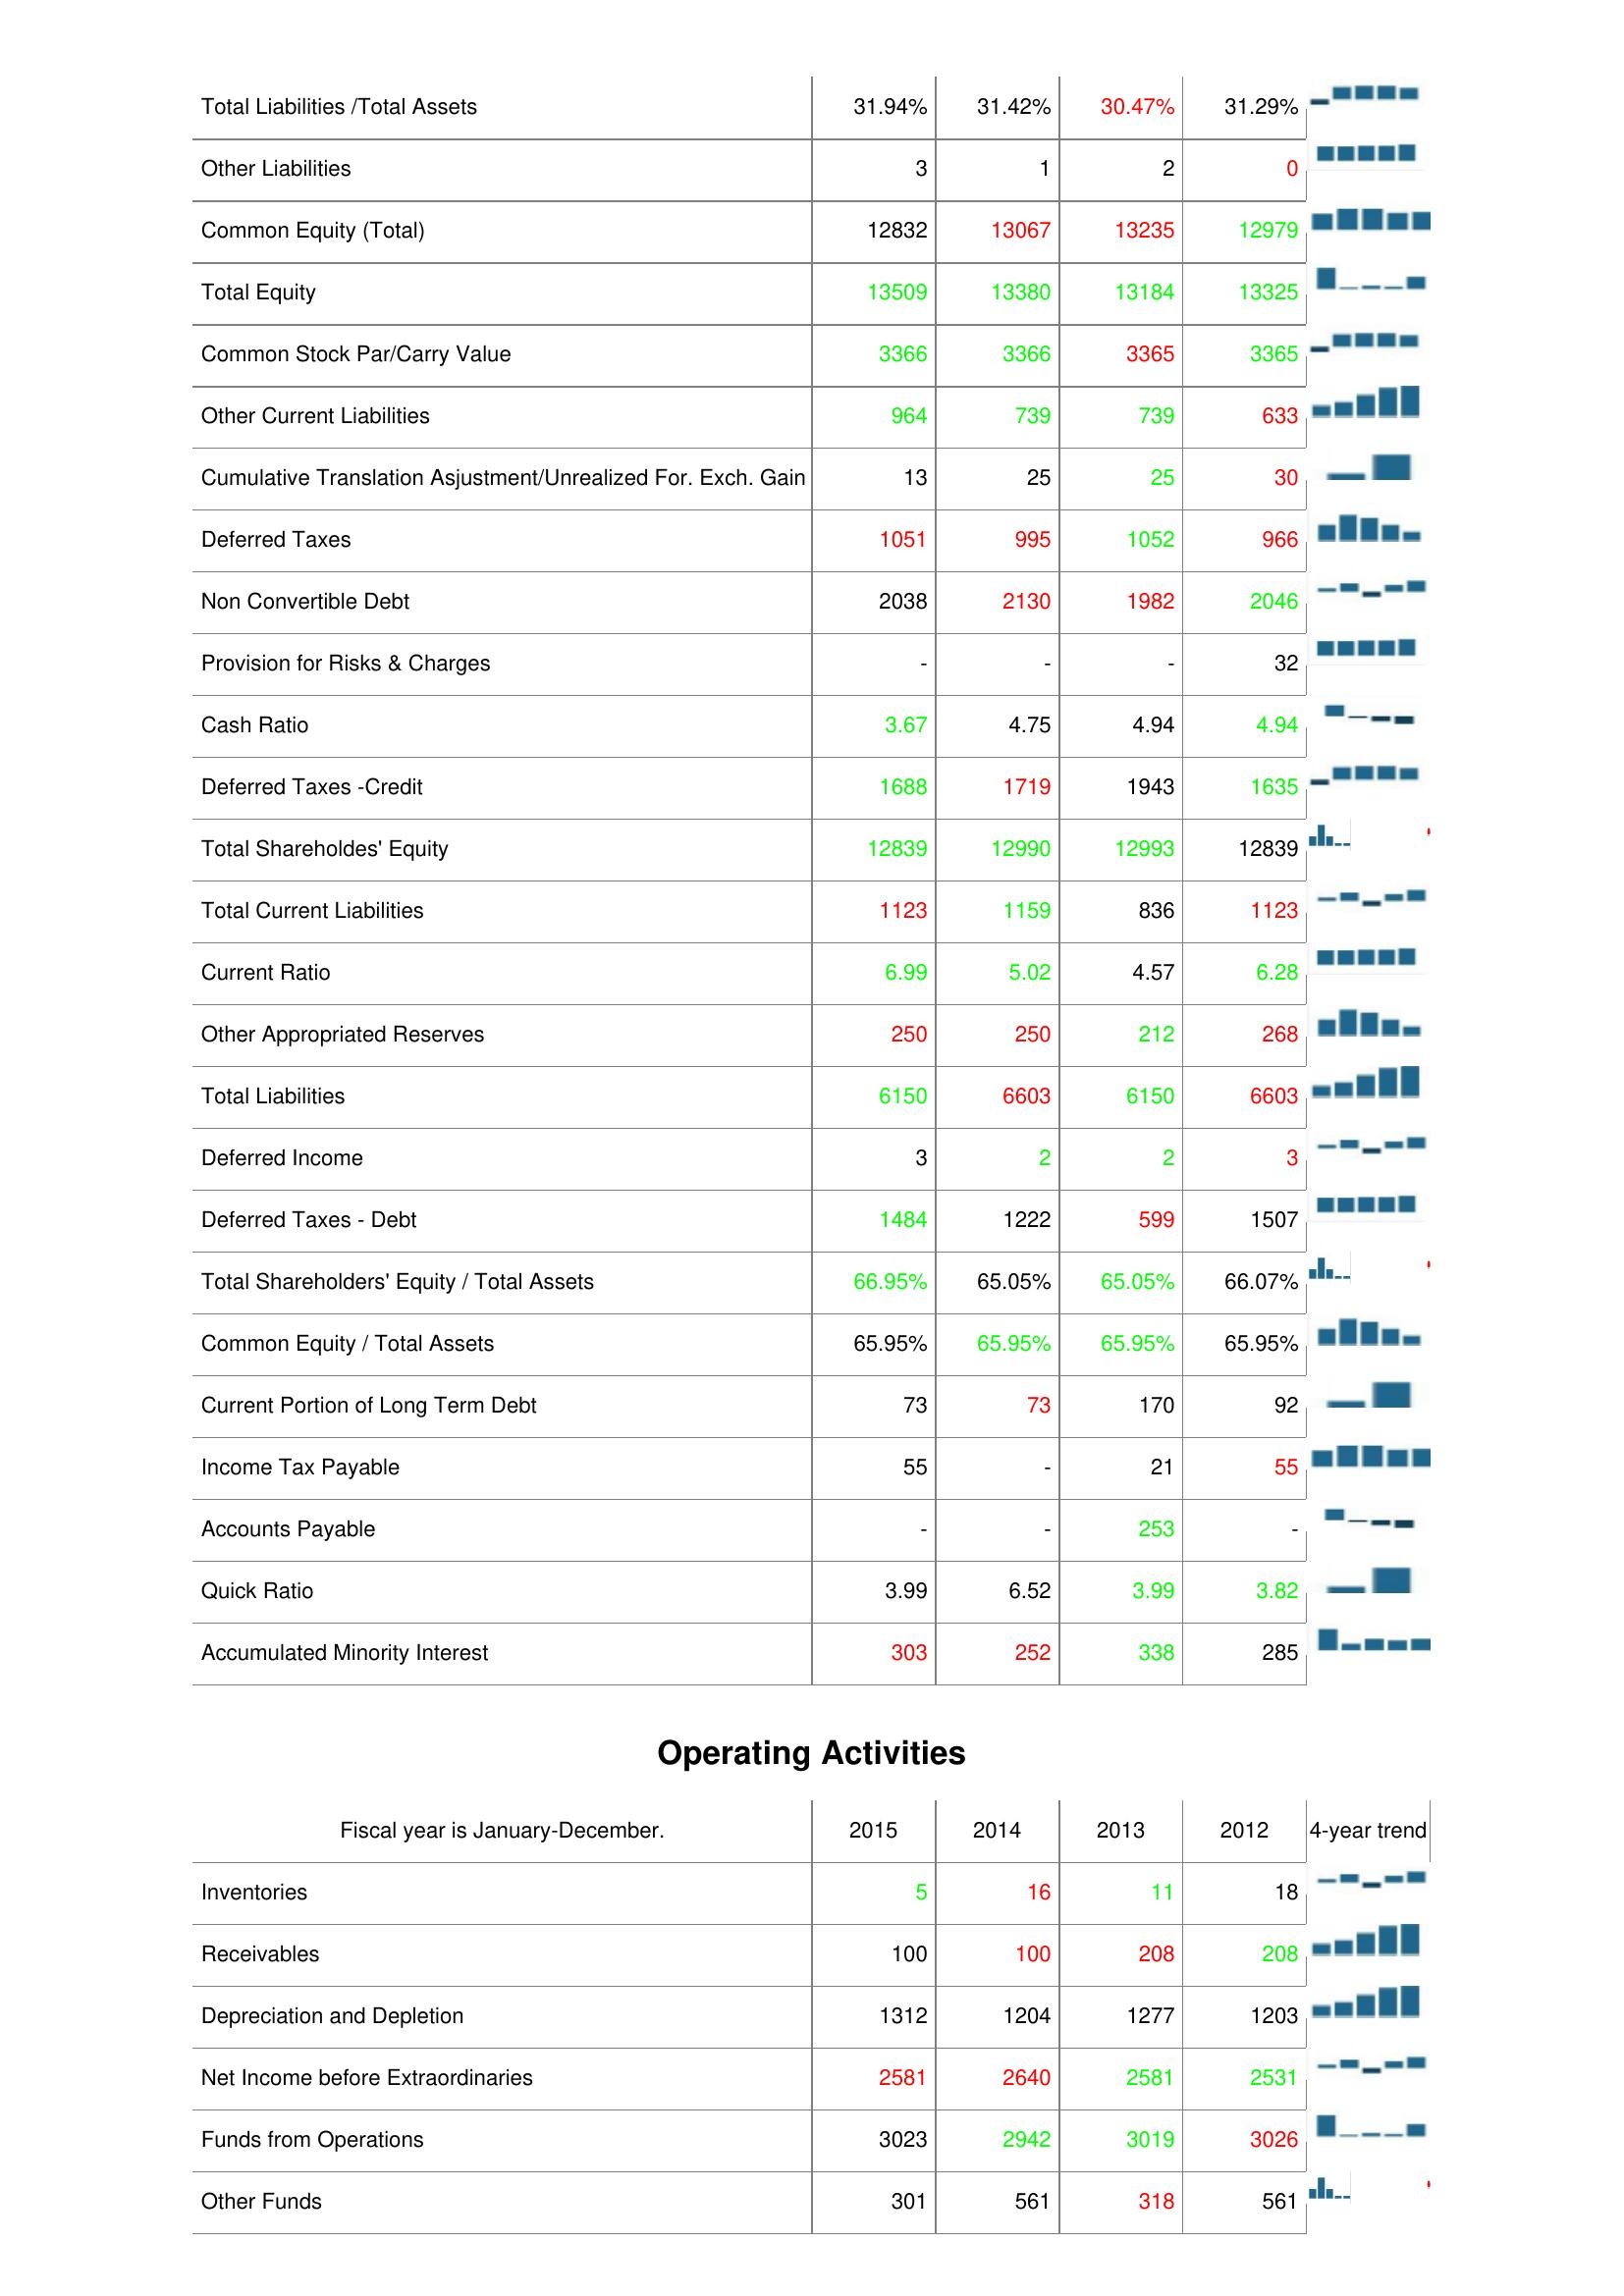
2015: Liabilities & Shareholder's Equity: Total Liabilities /Total Assets: 31.94%
Other Liabilities: 3
Common Equity (Total): 12832
Total Equity: 13509
Common Stock Par/Carry Value: 3366
Other Current Liabilities: 964
Cumulative Translation Asjustment/Unrealized For. Exch. Gain: 13
Deferred Taxes: 1051
Non Convertible Debt: 2038
Provision for Risks & Charges: -
Cash Ratio: 3.67
Deferred Taxes -Credit: 1688
Total Shareholdes' Equity: 12839
Total Current Liabilities: 1123
Current Ratio: 6.99
Other Appropriated Reserves: 250
Total Liabilities: 6150
Deferred Income: 3
Deferred Taxes - Debt: 1484
Total Shareholders' Equity / Total Assets: 66.95%
Common Equity / Total Assets: 65.95%
Current Portion of Long Term Debt: 73
Income Tax Payable: 55
Accounts Payable: -
Quick Ratio: 3.99
Accumulated Minority Interest: 303
Operating Activities: Inventories: 5
Receivables: 100
Depreciation and Depletion: 1312
Net Income before Extraordinaries: 2581
Funds from Operations: 3023
Other Funds: 301
2014: Liabilities & Shareholder's Equity: Total Liabilities /Total Assets: 31.42%
Other Liabilities: 1
Common Equity (Total): 13067
Total Equity: 13380
Common Stock Par/Carry Value: 3366
Other Current Liabilities: 739
Cumulative Translation Asjustment/Unrealized For. Exch. Gain: 25
Deferred Taxes: 995
Non Convertible Debt: 2130
Provision for Risks & Charges: -
Cash Ratio: 4.75
Deferred Taxes -Credit: 1719
Total Shareholdes' Equity: 12990
Total Current Liabilities: 1159
Current Ratio: 5.02
Other Appropriated Reserves: 250
Total Liabilities: 6603
Deferred Income: 2
Deferred Taxes - Debt: 1222
Total Shareholders' Equity / Total Assets: 65.05%
Common Equity / Total Assets: 65.95%
Current Portion of Long Term Debt: 73
Income Tax Payable: -
Accounts Payable: -
Quick Ratio: 6.52
Accumulated Minority Interest: 252
Operating Activities: Inventories: 16
Receivables: 100
Depreciation and Depletion: 1204
Net Income before Extraordinaries: 2640
Funds from Operations: 2942
Other Funds: 561
2013: Liabilities & Shareholder's Equity: Total Liabilities /Total Assets: 30.47%
Other Liabilities: 2
Common Equity (Total): 13235
Total Equity: 13184
Common Stock Par/Carry Value: 3365
Other Current Liabilities: 739
Cumulative Translation Asjustment/Unrealized For. Exch. Gain: 25
Deferred Taxes: 1052
Non Convertible Debt: 1982
Provision for Risks & Charges: -
Cash Ratio: 4.94
Deferred Taxes -Credit: 1943
Total Shareholdes' Equity: 12993
Total Current Liabilities: 836
Current Ratio: 4.57
Other Appropriated Reserves: 212
Total Liabilities: 6150
Deferred Income: 2
Deferred Taxes - Debt: 599
Total Shareholders' Equity / Total Assets: 65.05%
Common Equity / Total Assets: 65.95%
Current Portion of Long Term Debt: 170
Income Tax Payable: 21
Accounts Payable: 253
Quick Ratio: 3.99
Accumulated Minority Interest: 338
Operating Activities: Inventories: 11
Receivables: 208
Depreciation and Depletion: 1277
Net Income before Extraordinaries: 2581
Funds from Operations: 3019
Other Funds: 318
2012: Liabilities & Shareholder's Equity: Total Liabilities /Total Assets: 31.29%
Other Liabilities: 0
Common Equity (Total): 12979
Total Equity: 13325
Common Stock Par/Carry Value: 3365
Other Current Liabilities: 633
Cumulative Translation Asjustment/Unrealized For. Exch. Gain: 30
Deferred Taxes: 966
Non Convertible Debt: 2046
Provision for Risks & Charges: 32
Cash Ratio: 4.94
Deferred Taxes -Credit: 1635
Total Shareholdes' Equity: 12839
Total Current Liabilities: 1123
Current Ratio: 6.28
Other Appropriated Reserves: 268
Total Liabilities: 6603
Deferred Income: 3
Deferred Taxes - Debt: 1507
Total Shareholders' Equity / Total Assets: 66.07%
Common Equity / Total Assets: 65.95%
Current Portion of Long Term Debt: 92
Income Tax Payable: 55
Accounts Payable: -
Quick Ratio: 3.82
Accumulated Minority Interest: 285
Operating Activities: Inventories: 18
Receivables: 208
Depreciation and Depletion: 1203
Net Income before Extraordinaries: 2531
Funds from Operations: 3026
Other Funds: 561